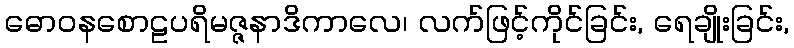
ဓောဝနစောဠပရိမဇ္ဇနာဒိကာလေ၊ လက်ဖြင့်ကိုင်ခြင်း, ရေချိုးခြင်း,